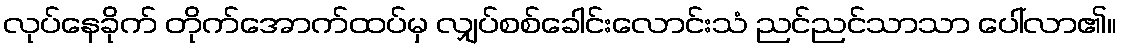
လုပ်နေခိုက် တိုက်အောက်ထပ်မှ လျှပ်စစ်ခေါင်းလောင်းသံ ညင်ညင်သာသာ ပေါ်လာ၏။